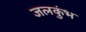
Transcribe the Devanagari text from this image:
जलकुंभ